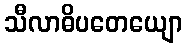
သီလာဓိပတေယျော